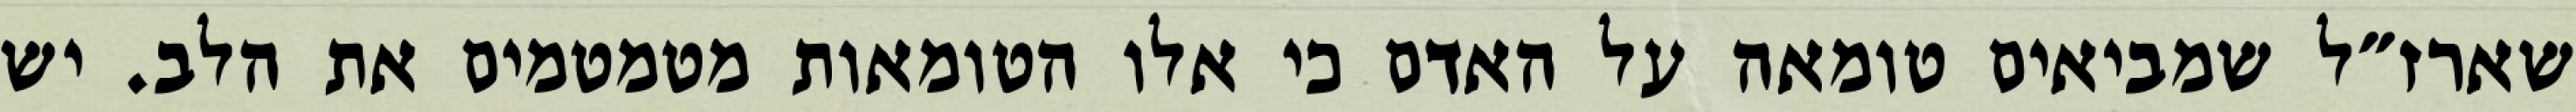
שארז״ל שמביאים טומאה על האדם כי אלו הטומאות מטמטמים את הלב. יש